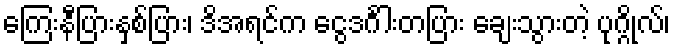
ကြေးနီပြားနှစ်ပြား၊ ဒိအရင်က ငွေဒင်္ဂါးတပြား ချေးသွားတဲ့ ပုဂ္ဂိုလ်၊